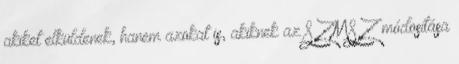
akiket elküldenek, hanem azokat is, akiknek az SZMSZ módosítása